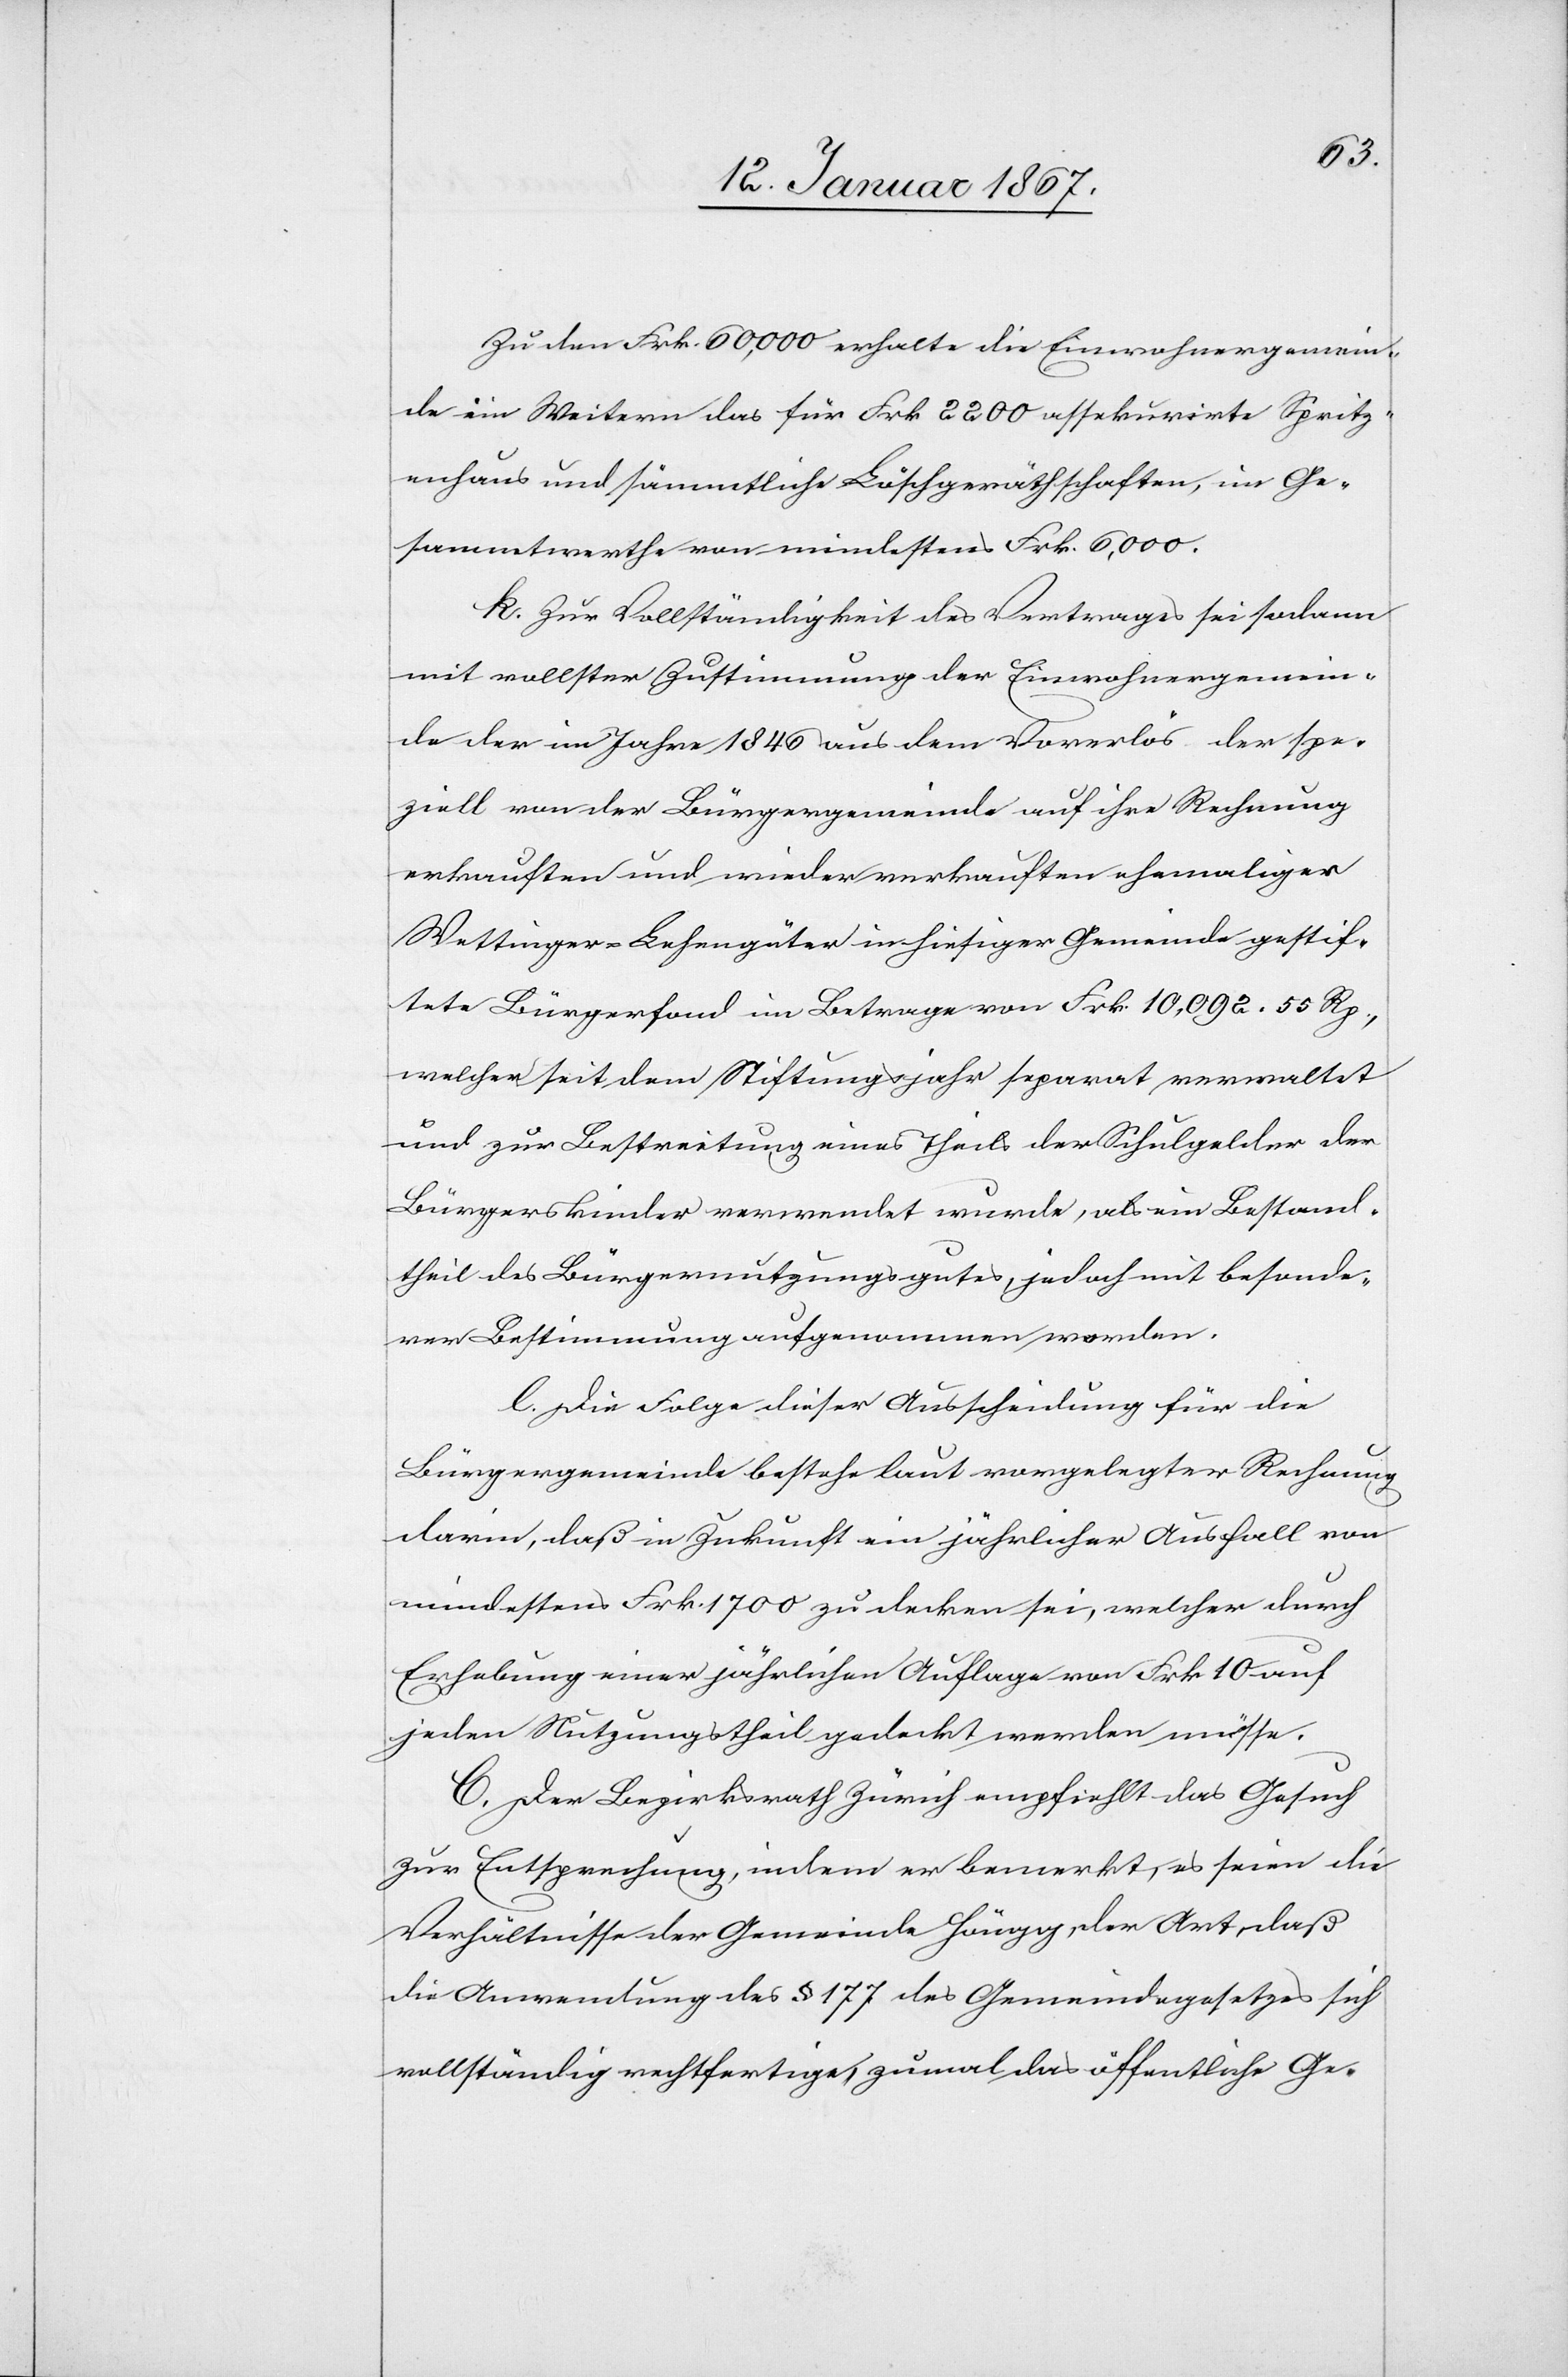
Zu den Frk. 60,000 erhalte die Einwohnergemein¬
de im Weitern das für Frk 2200 assekurirte Spritz¬
enhaus und sämmtliche Löschgeräthschaften, im Ge¬
sammtwerthe von mindestens Frk. 6,000.
k. Zur Vollständigkeit des Vertrages sei sodann
mit vollster Zustimmung der Einwohnergemein¬
de der im Jahre 1846 aus dem Vorerlös der spe¬
ziell von der Bürgergemeinde auf ihre Rechnung
erkauften und wieder verkauften ehemaligen
Wettinger-Lehengüter in hiesiger Gemeinde gestif¬
tete Bürgerfond im Betrage von Frk. 10,092. 55 Rp.,
welcher seit dem Stiftungsjahr separat verwaltet
und zu Bestreitung eines Theils der Schulgelder der
Bürgerskinder verwendet wurde, als ein Bestand¬
theil des Bürgernutzungsgutes, jedoch mit bestande¬
ner Bestimmung aufgenommen worden.
l. Die Folge dieser Ausscheidung für die
Bürgergemeinde bestehe laut vorgelegter Rechnung
darin, daß in Zukunft ein jährlicher Ausfall von
mindestens Frk. 1700 zu decken sei, welcher durch
Erhebung einer jährliche Auflage von Frk. 10 auf
jeden Nutzungstheil gedeckt werden müsse.
C. Der Bezirksrath Zürich empfiehlt das Gesuch
zur Entsprechung, indem er bemerkt, es seien die
Verhältnisse der Gemeinde Höngg, der Art, daß
die Anwendung des § 177 des Gemeindegesetzes sich
vollständig rechtfertige, zumal das öffentliche Ge-